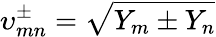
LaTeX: \upsilon_{mn}^{\pm}=\sqrt{Y_{m}\pm Y_{n}}